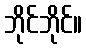
ဘိုင်ဘိုင်။